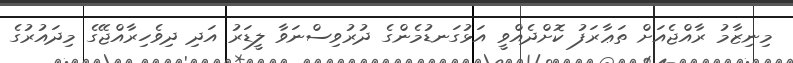
މިނިޒާމު ރާއްޖެއަށް ތަޢާރަފު ކޮށްދެއްވީ އަޅުގަނޑުމެންގެ ދުރުވިސްނަވާ ލީޑަރު އަދި ދިވެހިރާއްޖޭގެ މިދައުރުގެ